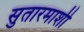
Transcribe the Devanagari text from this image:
सुतारमाशी